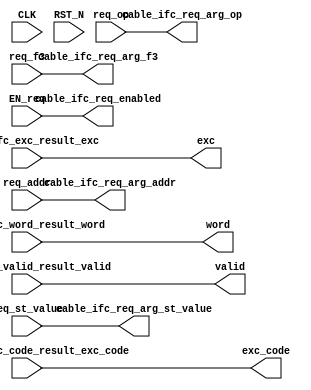
// This program was cloned from: https://github.com/rsnikhil/RISCV_Piccolo_v1
// License: MIT License

//
// Generated by Bluespec Compiler, version 2016.03.beta1 (build 34761, 2016-03-16)
//
// On Sat Jul  9 18:53:29 EDT 2016
//
//
// Ports:
// Name                         I/O  size props
// valid                          O     1
// word                           O    32
// exc                            O     1
// exc_code                       O     4
// cable_ifc_req_enabled          O     1
// cable_ifc_req_arg_op           O     1
// cable_ifc_req_arg_f3           O     3
// cable_ifc_req_arg_addr         O    32
// cable_ifc_req_arg_st_value     O    32
// CLK                            I     1 unused
// RST_N                          I     1 unused
// req_op                         I     1
// req_f3                         I     3
// req_addr                       I    32
// req_st_value                   I    32
// cable_ifc_valid_result_valid   I     1
// cable_ifc_word_result_word     I    32
// cable_ifc_exc_result_exc       I     1
// cable_ifc_exc_code_result_exc_code  I     4
// EN_req                         I     1
//
// Combinational paths from inputs to outputs:
//   (req_op, EN_req) -> cable_ifc_req_arg_op
//   (req_f3, EN_req) -> cable_ifc_req_arg_f3
//   (req_addr, EN_req) -> cable_ifc_req_arg_addr
//   (req_st_value, EN_req) -> cable_ifc_req_arg_st_value
//   cable_ifc_valid_result_valid -> valid
//   cable_ifc_word_result_word -> word
//   cable_ifc_exc_result_exc -> exc
//   cable_ifc_exc_code_result_exc_code -> exc_code
//   EN_req -> cable_ifc_req_enabled
//
//

`ifdef BSV_ASSIGNMENT_DELAY
`else
  `define BSV_ASSIGNMENT_DELAY
`endif

`ifdef BSV_POSITIVE_RESET
  `define BSV_RESET_VALUE 1'b1
  `define BSV_RESET_EDGE posedge
`else
  `define BSV_RESET_VALUE 1'b0
  `define BSV_RESET_EDGE negedge
`endif

module mkDCache_Socket(CLK,
		       RST_N,

		       req_op,
		       req_f3,
		       req_addr,
		       req_st_value,
		       EN_req,

		       valid,

		       word,

		       exc,

		       exc_code,

		       cable_ifc_req_enabled,

		       cable_ifc_req_arg_op,

		       cable_ifc_req_arg_f3,

		       cable_ifc_req_arg_addr,

		       cable_ifc_req_arg_st_value,

		       cable_ifc_valid_result_valid,

		       cable_ifc_word_result_word,

		       cable_ifc_exc_result_exc,

		       cable_ifc_exc_code_result_exc_code);
  input  CLK;
  input  RST_N;

  // action method req
  input  req_op;
  input  [2 : 0] req_f3;
  input  [31 : 0] req_addr;
  input  [31 : 0] req_st_value;
  input  EN_req;

  // value method valid
  output valid;

  // value method word
  output [31 : 0] word;

  // value method exc
  output exc;

  // value method exc_code
  output [3 : 0] exc_code;

  // value method cable_ifc_req_enabled
  output cable_ifc_req_enabled;

  // value method cable_ifc_req_arg_op
  output cable_ifc_req_arg_op;

  // value method cable_ifc_req_arg_f3
  output [2 : 0] cable_ifc_req_arg_f3;

  // value method cable_ifc_req_arg_addr
  output [31 : 0] cable_ifc_req_arg_addr;

  // value method cable_ifc_req_arg_st_value
  output [31 : 0] cable_ifc_req_arg_st_value;

  // action method cable_ifc_valid_result
  input  cable_ifc_valid_result_valid;

  // action method cable_ifc_word_result
  input  [31 : 0] cable_ifc_word_result_word;

  // action method cable_ifc_exc_result
  input  cable_ifc_exc_result_exc;

  // action method cable_ifc_exc_code_result
  input  [3 : 0] cable_ifc_exc_code_result_exc_code;

  // signals for module outputs
  wire [31 : 0] cable_ifc_req_arg_addr, cable_ifc_req_arg_st_value, word;
  wire [3 : 0] exc_code;
  wire [2 : 0] cable_ifc_req_arg_f3;
  wire cable_ifc_req_arg_op, cable_ifc_req_enabled, exc, valid;

  // rule scheduling signals
  wire CAN_FIRE_cable_ifc_exc_code_result,
       CAN_FIRE_cable_ifc_exc_result,
       CAN_FIRE_cable_ifc_valid_result,
       CAN_FIRE_cable_ifc_word_result,
       CAN_FIRE_req,
       WILL_FIRE_cable_ifc_exc_code_result,
       WILL_FIRE_cable_ifc_exc_result,
       WILL_FIRE_cable_ifc_valid_result,
       WILL_FIRE_cable_ifc_word_result,
       WILL_FIRE_req;

  // action method req
  assign CAN_FIRE_req = 1'd1 ;
  assign WILL_FIRE_req = EN_req ;

  // value method valid
  assign valid = cable_ifc_valid_result_valid ;

  // value method word
  assign word = cable_ifc_word_result_word ;

  // value method exc
  assign exc = cable_ifc_exc_result_exc ;

  // value method exc_code
  assign exc_code = cable_ifc_exc_code_result_exc_code ;

  // value method cable_ifc_req_enabled
  assign cable_ifc_req_enabled = EN_req ;

  // value method cable_ifc_req_arg_op
  assign cable_ifc_req_arg_op = req_op ;

  // value method cable_ifc_req_arg_f3
  assign cable_ifc_req_arg_f3 = req_f3 ;

  // value method cable_ifc_req_arg_addr
  assign cable_ifc_req_arg_addr = req_addr ;

  // value method cable_ifc_req_arg_st_value
  assign cable_ifc_req_arg_st_value = req_st_value ;

  // action method cable_ifc_valid_result
  assign CAN_FIRE_cable_ifc_valid_result = 1'd1 ;
  assign WILL_FIRE_cable_ifc_valid_result = 1'd1 ;

  // action method cable_ifc_word_result
  assign CAN_FIRE_cable_ifc_word_result = 1'd1 ;
  assign WILL_FIRE_cable_ifc_word_result = 1'd1 ;

  // action method cable_ifc_exc_result
  assign CAN_FIRE_cable_ifc_exc_result = 1'd1 ;
  assign WILL_FIRE_cable_ifc_exc_result = 1'd1 ;

  // action method cable_ifc_exc_code_result
  assign CAN_FIRE_cable_ifc_exc_code_result = 1'd1 ;
  assign WILL_FIRE_cable_ifc_exc_code_result = 1'd1 ;
endmodule  // mkDCache_Socket